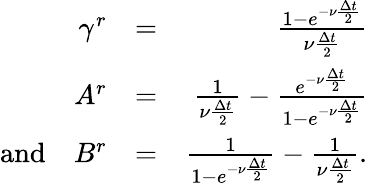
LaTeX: \begin{array}{rlr}{\gamma^{r}}&{=}&{\frac{1-e^{-\nu\frac{\Delta t}{2}}}{\nu\frac{\Delta t}{2}}}\\ {A^{r}}&{=}&{\frac{1}{\nu\frac{\Delta t}{2}}-\frac{e^{-\nu\frac{\Delta t}{2}}}{1-e^{-\nu\frac{\Delta t}{2}}}}\\ {\textrm{and}\quad B^{r}}&{=}&{\frac{1}{1-e^{-\nu\frac{\Delta t}{2}}}-\frac{1}{\nu\frac{\Delta t}{2}}.}\end{array}